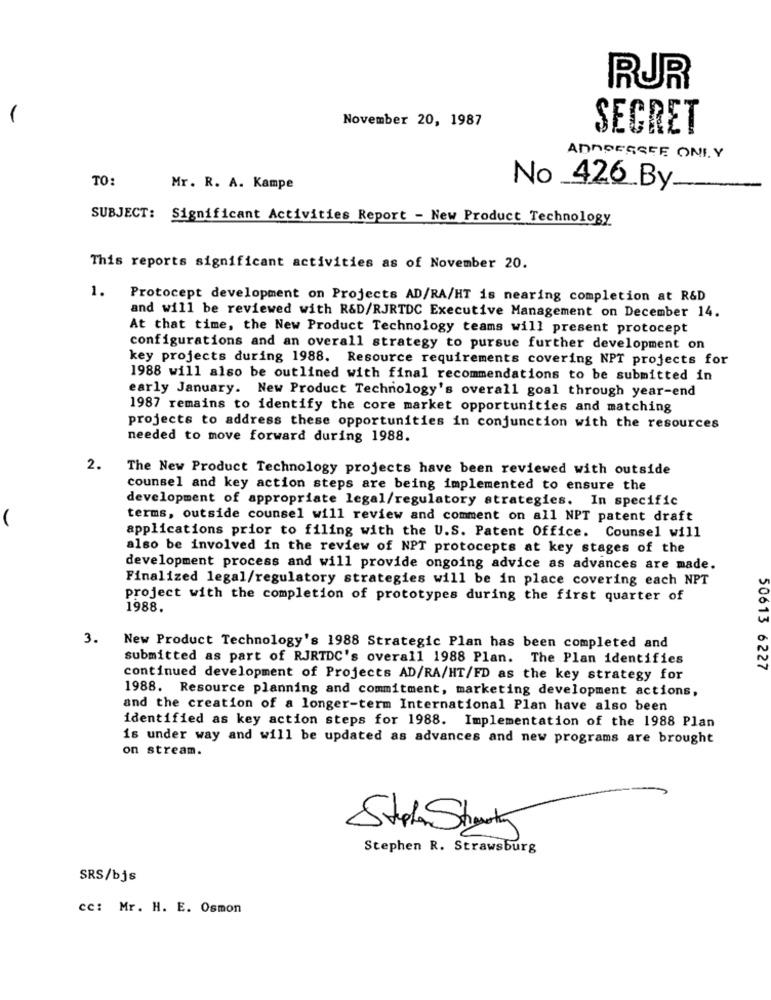
RUR
November 20, 1987
SECRET
ANNONSERE ONLY
TO:
Mr. R. A. Kampe
No _426 By.
SUBJECT: Significant Activities Report - New Product Technology
This reports significant activities as of November 20.
1.
Protocept development on Projects AD/RA/HT is nearing completion at R&D
and will be reviewed with R&D/RJRTDC Executive Management on December 14.
At that time, the New Product Technology teams will present protocept
configurations and an overall strategy to pursue further development on
key projects during 1988. Resource requirements covering NPT projects for
1988 will also be outlined with final recommendations to be submitted in
early January. New Product Technology's overall goal through year-end
1987 remains to identify the core market opportunities and matching
projects to address these opportunities in conjunction with the resources
needed to move forward during 1988.
2.
The New Product Technology projects have been reviewed with outside
counsel and key action steps are being implemented to ensure the
development of appropriate legal/regulatory strategies. In specific
(
terms, outside counsel will review and comment on all NPT patent draft
applications prior to filing with the U.S. Patent Office. Counsel will
also be involved in the review of NPT protocepts at key stages of the
development process and will provide ongoing advice as advances are made.
Finalized legal/regulatory strategies will be in place covering each NPT
project with the completion of prototypes during the first quarter of
1988.
3.
New Product Technology's 1988 Strategic Plan has been completed and
submitted as part of RJRTDC's overall 1988 Plan. The Plan identifies
50613 6227
continued development of Projects AD/RA/HT/FD as the key strategy for
1988. Resource planning and commitment, marketing development actions,
and the creation of a longer-term International Plan have also been
identified as key action steps for 1988. Implementation of the 1988 Plan
is under way and will be updated as advances and new programs are brought
on stream.
Stolen Street
Stephen R. Strawsburg
SRS/bjs
cc: Mr. H. E. Osmon